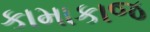
કામાકાજ